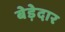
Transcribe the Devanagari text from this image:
बेड़ेदार